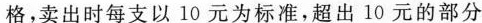
格，卖出时每支以10元为标准，超出10元的部分